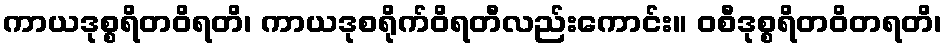
ကာယဒုစ္စရိတဝိရတိ၊ ကာယဒုစရိုက်ဝိရတီလည်းကောင်း။ ဝစီဒုစ္စရိတဝိတရတိ၊